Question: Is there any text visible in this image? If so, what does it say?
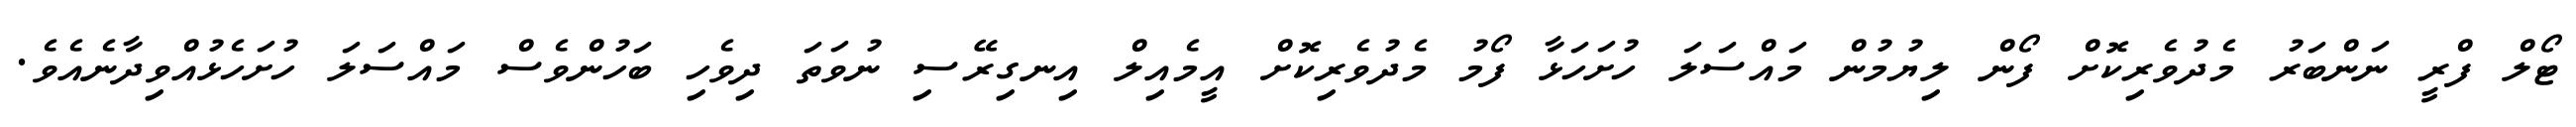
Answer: ޓޯލް ފްރީ ނަންބަރު މެދުވެރިކޮށް ފޯން ލިޔުމުން މައްސަލަ ހުށަހަޅާ ފޯމު މެދުވެރިކޮށް އީމެއިލް އިނގިރޭސި ނުވަތަ ދިވެހި ބަހުންވެސް މައްސަލަ ހުށަހެޅުއްވިދާނެއެވެ.